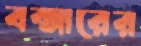
বক্সারের